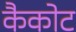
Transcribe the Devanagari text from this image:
कैकोट